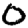
Digit: 0